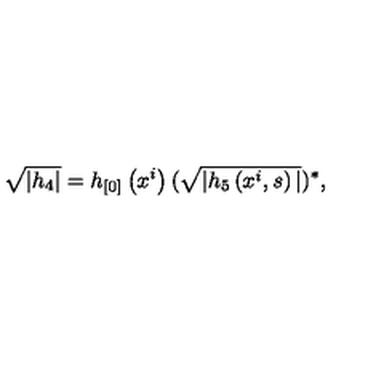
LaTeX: \sqrt { | h _ { 4 } | } = h _ { [ 0 ] } \left( x ^ { i } \right) ( \sqrt { | h _ { 5 } \left( x ^ { i } , s \right) | } ) ^ { * } ,